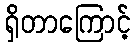
ရှိတာကြောင့်